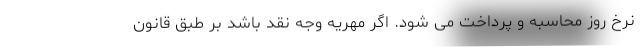
نرخ روز محاسبه و پرداخت می شود. اگر مهریه وجه نقد باشد بر طبق قانون